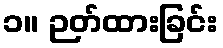
၁။ ဉတ်ထားခြင်း